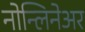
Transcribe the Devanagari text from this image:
नोन्लिनेअर